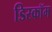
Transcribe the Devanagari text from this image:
डिस्कॉम